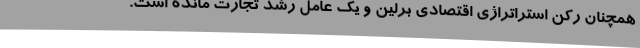
همچنان رکن استراتراژی اقتصادی برلین و یک عامل رشد تجارت مانده است.